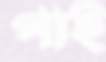
পাই